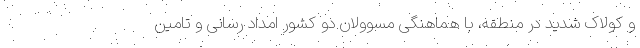
و کولاک شدید در منطقه، با هماهنگی مسوولان دو کشور امداد رسانی و تامین